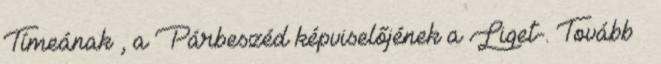
Tímeának , a Párbeszéd képviselőjének a Liget-. Tovább ›